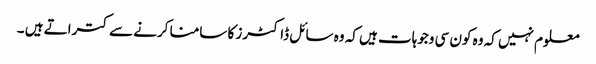
معلوم نہیں کہ وہ کون سی وجوہات ہیں کہ وہ سائل ڈاکٹرز کا سامنا کرنے سے کتراتے ہیں ۔